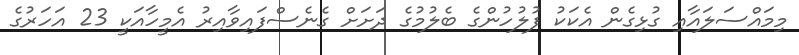
މިމައްސަލައާއި ގުޅިގެން އެކަކު ފުލުހުންގެ ބެލުމުގެ ދަށަށް ގެނެސްފައިވާއިރު އެމީހާއަކީ 23 އަހަރުގެ